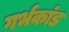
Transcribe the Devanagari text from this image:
गर्भकांड